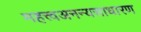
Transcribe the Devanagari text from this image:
महत्त्वअनन्यसाधारण